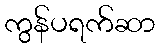
ကွန်ပရက်ဆာ